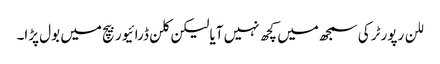
للن رپورٹر کی سمجھ میں کچھ نہیں آیا لیکن کلن ڈرائیور بیچ میں بول پڑا۔